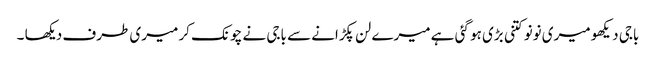
باجی دیکھو میری نونو کتنی بڑی ہو گئی ہے میرے لن پکڑانے سے باجی نے چونک کر میری طرف دیکھا ۔